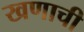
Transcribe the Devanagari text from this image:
खणाची